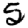
Digit: 5